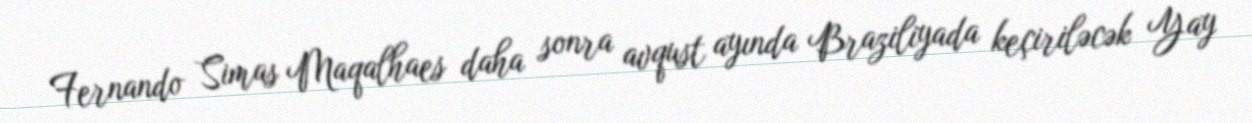
Fernando Simas Maqalhaes daha sonra avqust ayında Braziliyada keçiriləcək Yay